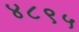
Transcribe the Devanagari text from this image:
४८९५